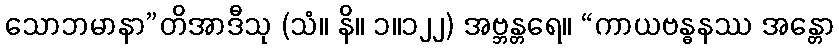
သောဘမာနာ”တိအာဒီသု (သံ။ နိ။ ၁။၁၂၂) အဗ္ဘန္တရေ။ “ကာယဗန္ဓနဿ အန္တော